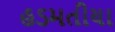
હડમતીયા